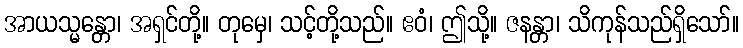
အာယသ္မန္တော၊ အရှင်တို့။ တုမှေ၊ သင့်တို့သည်။ ဧဝံ၊ ဤသို့။ ဇနန္တာ၊ သိကုန်သည်ရှိသော်။